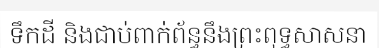
ទឹកដី និងជាប់ពាក់ព័ន្ធនឹងព្រះពុទ្ធសាសនា